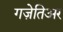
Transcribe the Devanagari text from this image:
गज़ेतिअर